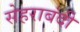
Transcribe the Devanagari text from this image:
सेहराबंदी